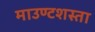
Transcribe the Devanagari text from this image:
माउण्टशस्ता